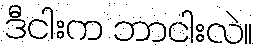
ဒီငါးက ဘာငါးလဲ။